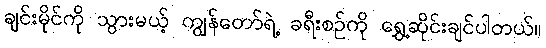
ချင်းမိုင်ကို သွားမယ့် ကျွန်တော်ရဲ့ ခရီးစဉ်ကို ရွှေ့ဆိုင်းချင်ပါတယ်။